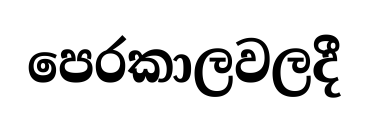
පෙරකාලවලදී